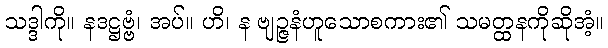
သဒ္ဒါကို။ နဒဋ္ဌဗ္ဗံ၊ အပ်။ ဟိ၊ န ဗျဉ္ဇနံဟူသောစကား၏ သမတ္ထနကိုဆိုအံ့။